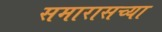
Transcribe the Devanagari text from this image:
समारासच्या